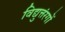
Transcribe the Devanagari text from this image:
विद्युत्तंरगों